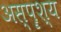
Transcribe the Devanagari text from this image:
अस्पॄश्य